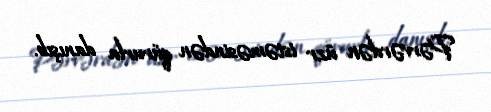
Pərvərdən üzr istəməsindən qürurla danışıb.